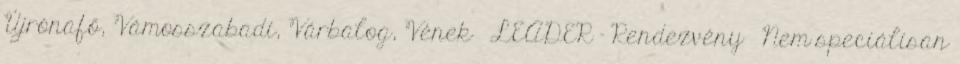
Újrónafő, Vámosszabadi, Várbalog, Vének ▪LEADER - Rendezvény ▪Nem speciálisan